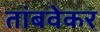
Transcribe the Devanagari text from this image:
तांबवेकर